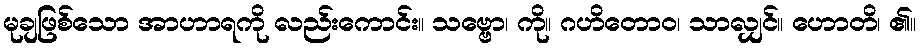
မုချဖြစ်သော အာဟာရကို လည်းကောင်း။ သဗ္ဗော၊ ကို။ ဂဟိတောဝ၊ သာလျှင်။ ဟောတိ၊ ၏။